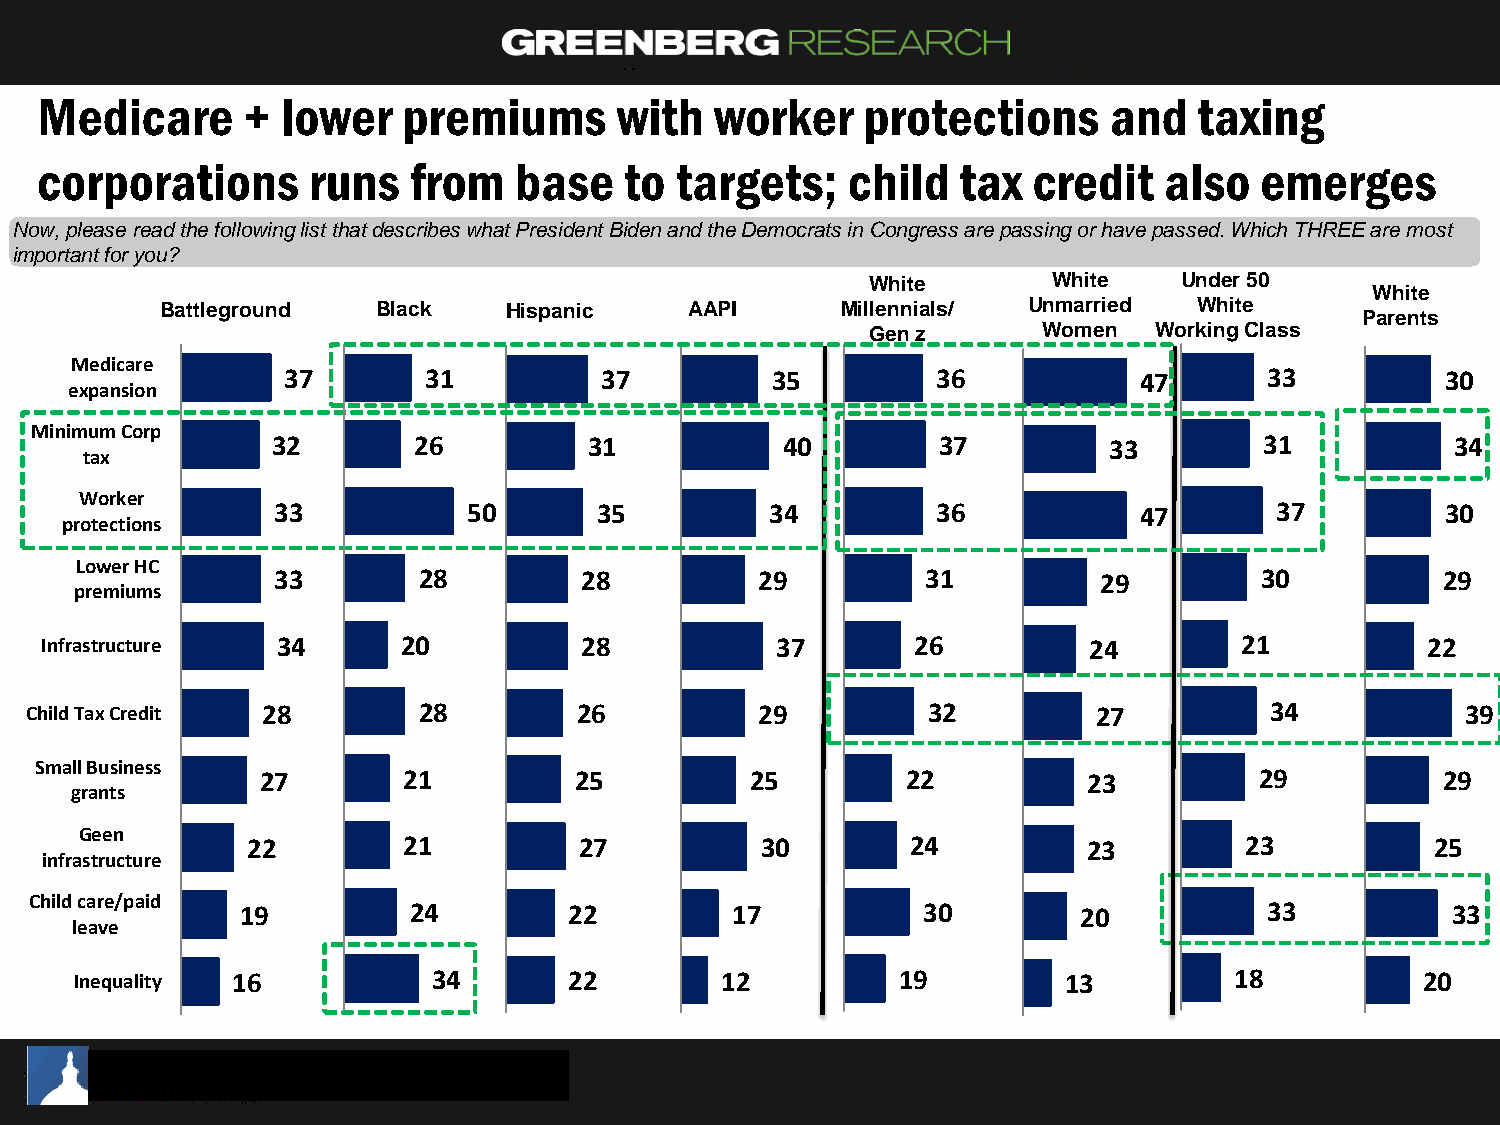
Medicare      +  lower   premiums      with  worker    protections     and   taxing
 corporations      runs   from   base   to  targets;   child   tax credit   also  emerges
 Now, please read the following list that describes what President Biden and the Democrats in Congress are passing or have passed. Which THREE are most
 important for you?
 White       White   Under 50
 White
 Battleground  Black    Hispanic    AAPI      Millennials/ Unmarried White
 Parents
 Gen z      Women  Working Class
 Medicare
 37       31          37         35         36           47       33          30
 expansion
 Minimum Corp
 32       26          31           40        37         33         31          34
 tax
 Worker
 33           50       35         34         36           47       37          30
 protections
 Lower HC
 33        28        28          29         31          29        30           29
 premiums
 Infrastructure 34       20         28           37        26         24        21          22
 Child Tax Credit 28       28        26          29         32          27         34           39
 Small Business
 27        21         25          25        22          23         29           29
 grants
 Geen
 22         21         27          30        24          23        23           25
 infrastructure
 Child care/paid
 19         24         22        17           30         20          33          33
 leave
 Inequality 16           34       22        12          19         13         18          20